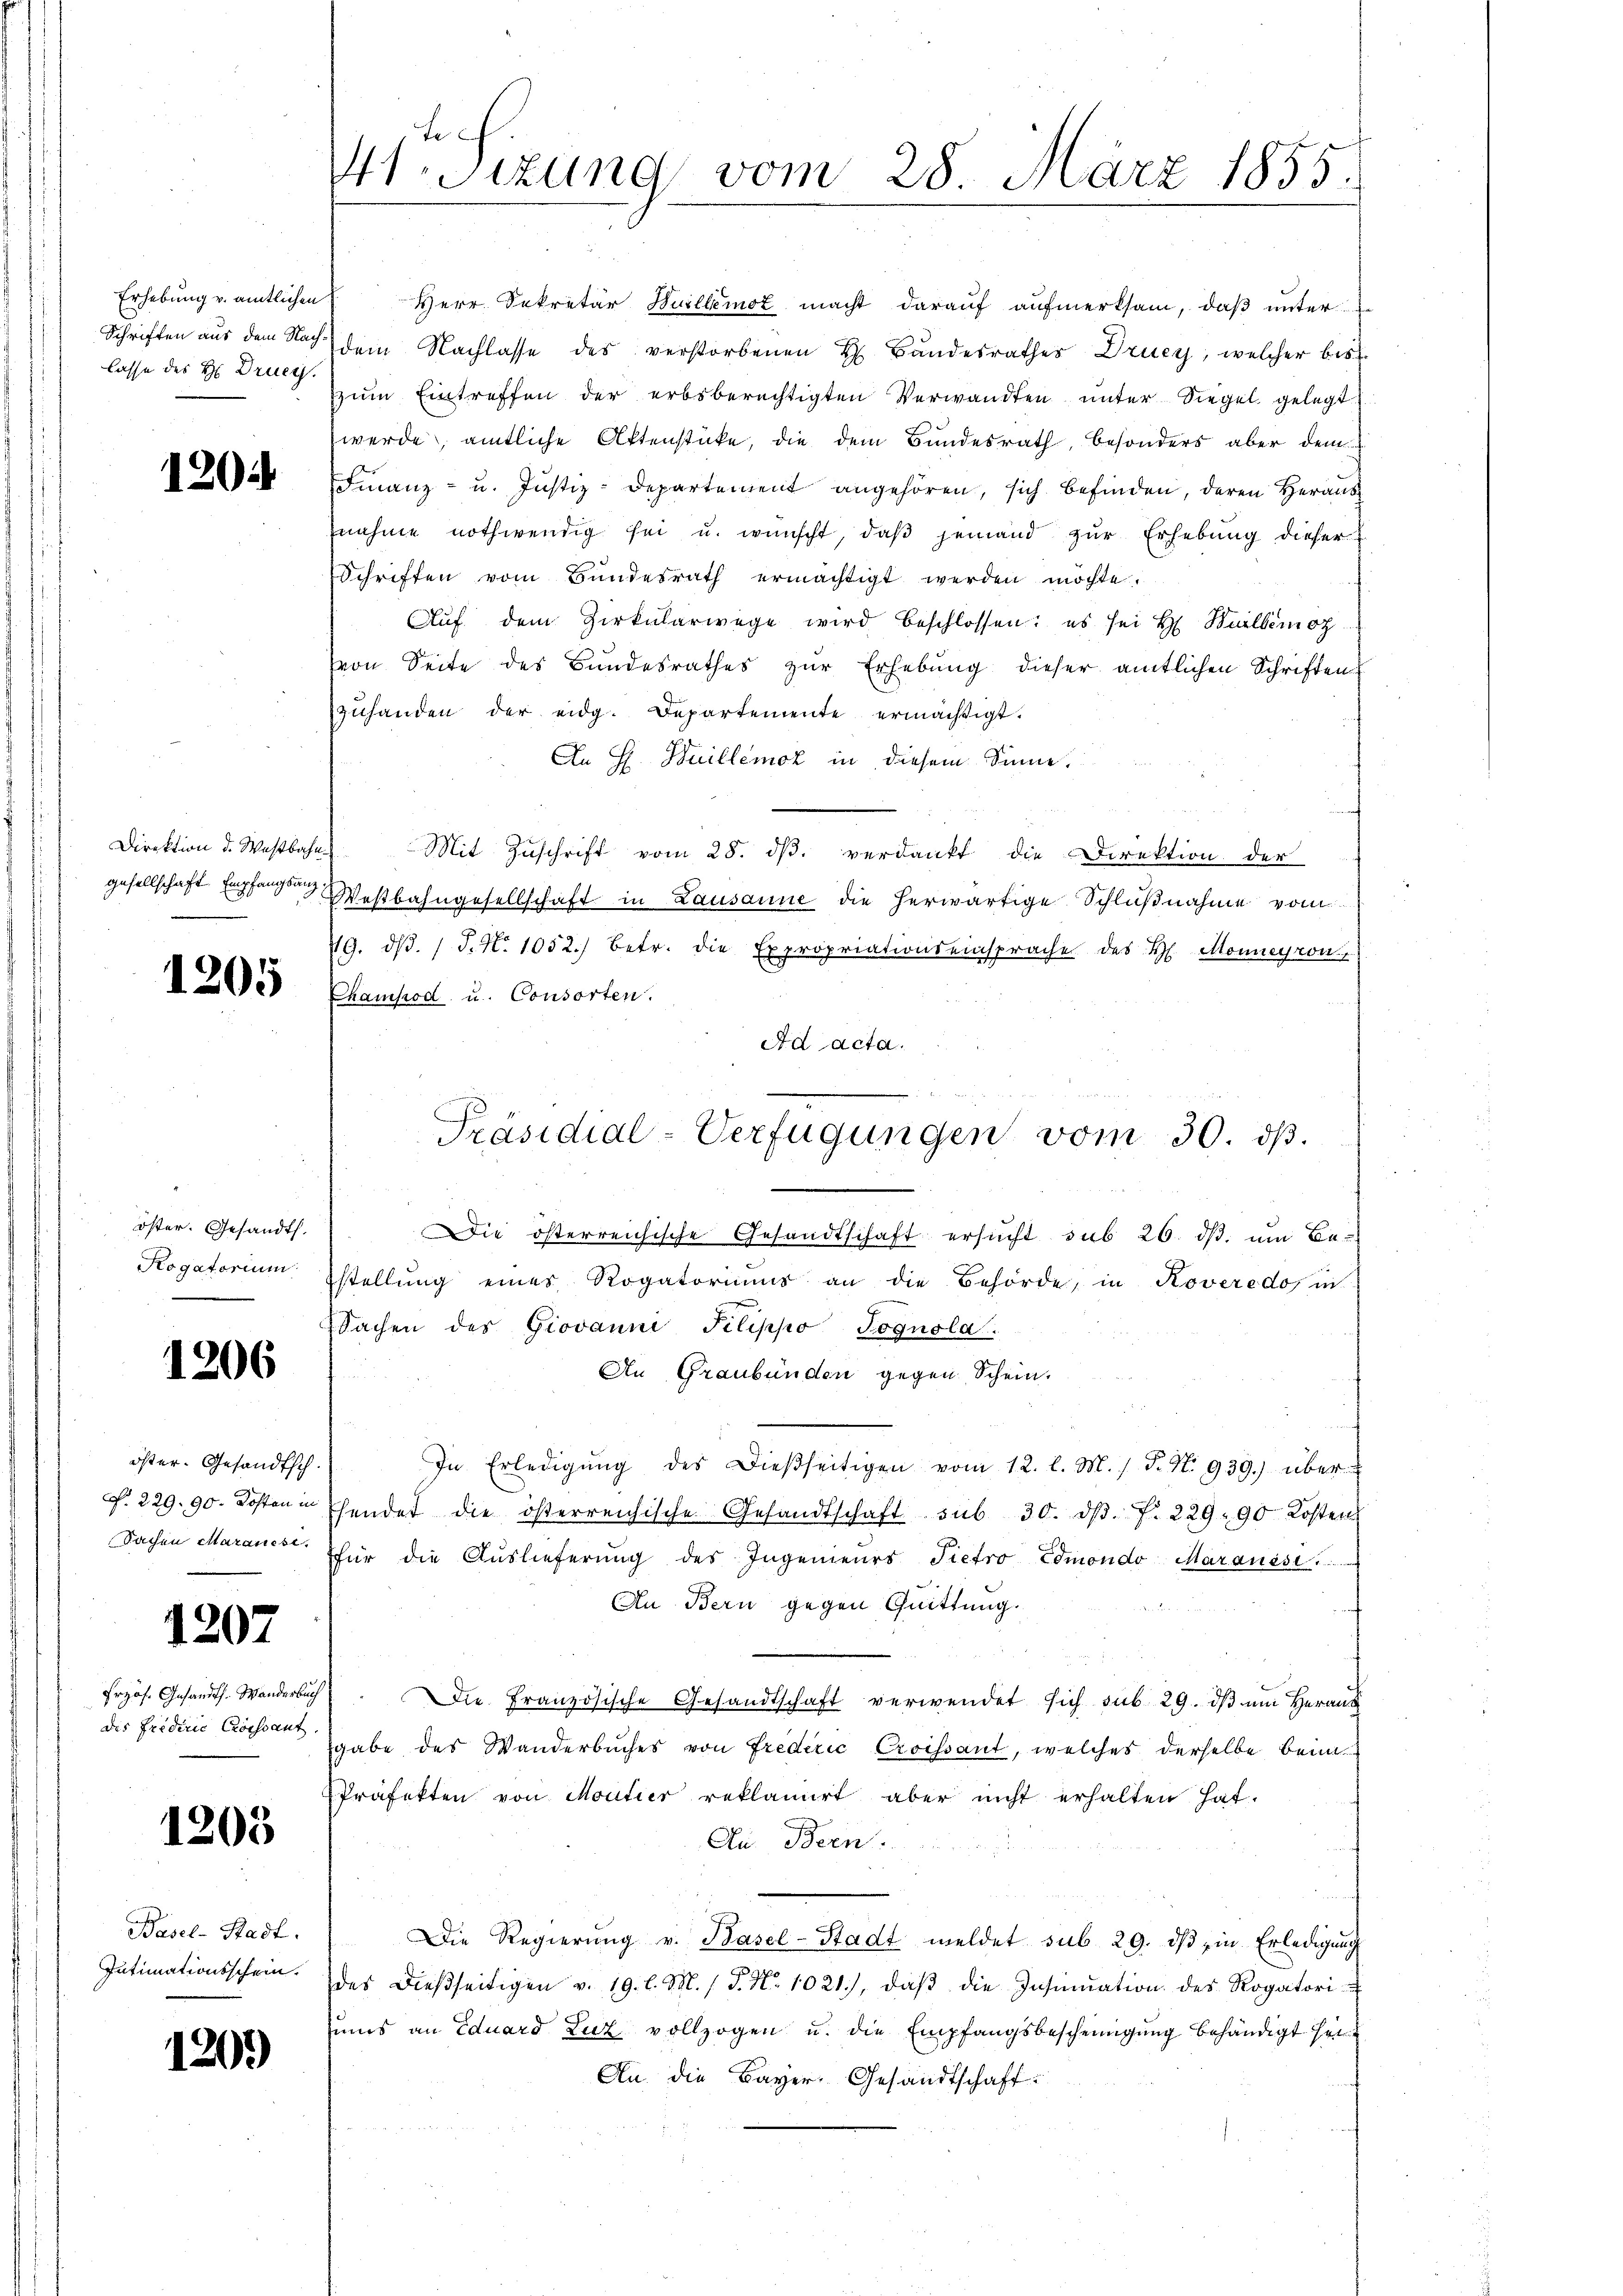
Erhebung v. amtlichen
Schriften aus dem Nach
lasse des H. Druck.

1204

gesellschaft Empfangsanz
e

1205

öster. Gesandts
Rogatorium
e

1206

öster. Gesandtsch.

1202

Przös. Gesandts. Wanderbuch
des Frideric Croissant.

1203

Basel-Stadt.
Jutimationsschein.

1

9.)

fe
sizung vom 28. März 1855.

Herr Sekretär Huillemot macht darauf aufmerksam, daß unter
dem Nachlasse des verstorbenen H. Bandesrathes Druey, welcher bis
zŭm Eintreffen der erbsberechtigten Verwandten unter Siegel gelegt
werde, amtliche Aktenstücke, die dem Bundesrath, besonders aber dem
Finanz- u. Justiz-Departement angehören, sich befinden, deren Heraus
nahme nothwendig sei u. wünscht, daβ jemand zŭr Erhebung dieser
Schriften vom Bundesrath ermächtigt werden möchte.
Aŭf dem Zirkularwege wird beschlossen: es sei H. Balbemoz
von Seite des Bundesrathes zur Erhebung dieser amtlichen Schriften
zuhanden der eidg. Departemente ermächtigt.
An H. Huillemoz in diesem Sinne,
Direktion d. Westbahn Mit Zŭschrift vom 28. dβ. verdankt die Direktion der
Westbahngesellschaft in Lausanne die herwärtige Schlußnahme vom
49. dβ. / J. N. 1052.) betr. die Expropriationseinsprache des H. Monneyron,
Ehampod u. Consorten.
Ad acta.
Die österreichische Gesandtschaft ersucht, sub 26. ds. um Bestellung eines Rogatoriums an die Behörde, in Roveredo, in
Sachen des Giovanni Pilippo Jognola.
An Graubünden gegen Schein.
In Erledigŭng des dießseitigen vom 12. l. M. h. T. N. 939.) über-
P. 229. 90. Kosten hendet die österreichische Gesandtschaft sub 30. dβ. f. 229. 90 Kosten
Sachen Maranes für die Auslieferŭng des Ingenieurs Pietro Edmondo Marquest
An Bern gegen Quittung.
Die Französische Gesandtschaft verwendet sich sub 29. dβ am Herans
gabe des Wanderbuches von Frederić Croissant, welches derselbe beim
Präfekten von Moutier reklamirt aber nicht erhalten hat.
Au Bern.
Die Regierŭng v. Basel-Stadt meldet sub 29. ds in Erledigung
des dießseitigen v. 19. l. M. / 5. No 1021), daβ die Insinuation des Rogatori¬
Zums an Eduard Luz vollzogen u. die Empfangsbescheinigung behändigt sei¬
An die Bayer, Gesandtschaft.

Präsidial-Verfügungen vom 30. ds.